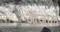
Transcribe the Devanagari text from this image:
ओज़ाल